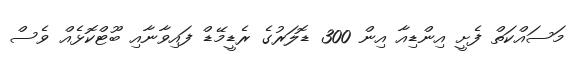
މަސައްކަތް ފެށީ އިންޑިއާ އިން 300 ޑޮލަރުގެ ރެޑީމޭޑް ފައިވާނާއި ބޫޓްކޮޅެއް ވެސް